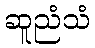
ဆူညံသံ